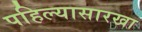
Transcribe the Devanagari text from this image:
पहिल्यासारखा